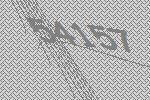
54157